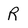
Character: R